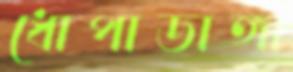
ধোপাডাঙ্গা